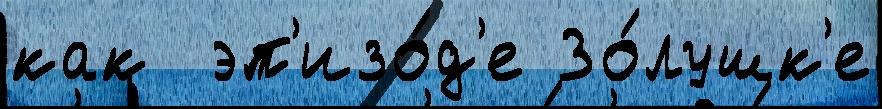
как  эп'изо́д'е Зо́лушк'е